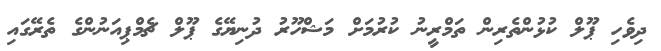
ދިވެހި ޕޫލް ކުޅުންތެރިން ތަމްރީނު ކުރުމަށް މަޝްހޫރު ދުނިޔޭގެ ޕޫލް ޗެމްޕިއަނުންގެ ތެރޭގައި